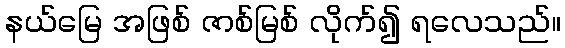
နယ်မြေ အဖြစ် ဇာစ်မြစ် လိုက်၍ ရလေသည်။